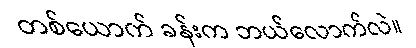
တစ်ယောက် ခန်းက ဘယ်လောက်လဲ။